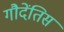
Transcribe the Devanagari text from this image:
गौदेंतिस